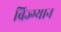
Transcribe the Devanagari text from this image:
बिज्ग्यान